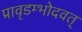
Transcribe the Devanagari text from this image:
प्रावृडम्भोदवत्